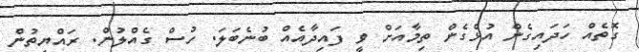
ގޮތެއް ހަދައިގެން އުޅެގެން ތިމާއަށް ވީ ފައިދާއެއް ބުނެބަލަ. ހުސް ގެއްލުން. ރައްޔިތުން